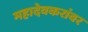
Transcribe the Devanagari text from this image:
महादेवकरांवर